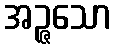
အဉ္ဇသော